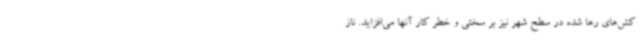
کش‌های رها شده در سطح شهر نیز بر سختی و خطر کار آنها می‌افزاید. ناز